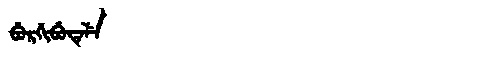
Manchu: ᠪᡠᡵᡤᡳᠪᡠᡨᡝᠯᡝ
Romanization: BURGIBUTELE